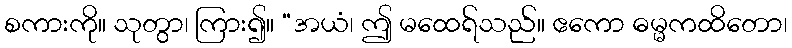
စကားကို။ သုတွာ၊ ကြား၍။ “အယံ၊ ဤ မထေရ်သည်။ ဧကော ဓမ္မကထိတော၊